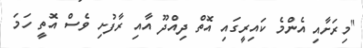
"މިރަށާއި އެންމެ ކައިރީގައި އޮތް ދިއްދޫ އާއި ރާފުށި ވެސް އޮތީ ހަމަ